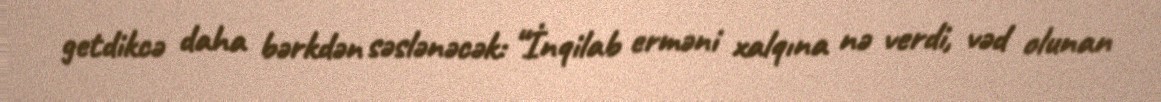
getdikcə daha bərkdən səslənəcək: “İnqilab erməni xalqına nə verdi, vəd olunan